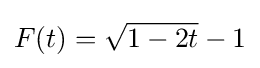
F(t)={\sqrt {1-2t}}-1